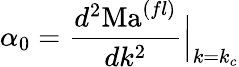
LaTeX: \alpha_{0}={\frac{d^{2}\mathrm{Ma}^{(fl)}}{dk^{2}}}\Big\vert_{k=k_{c}}